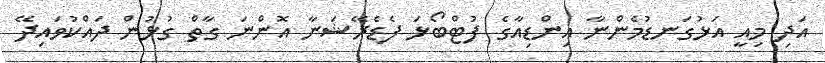
އަދި މިއީ އަޅުގަނޑުމެންނާ އިންޑިއާގެ ފުޓްބޯޅަ ފެޑެރޭޝަނާ އޮންނަ ގާތް ގުޅުން ދައްކުވައިދޭ